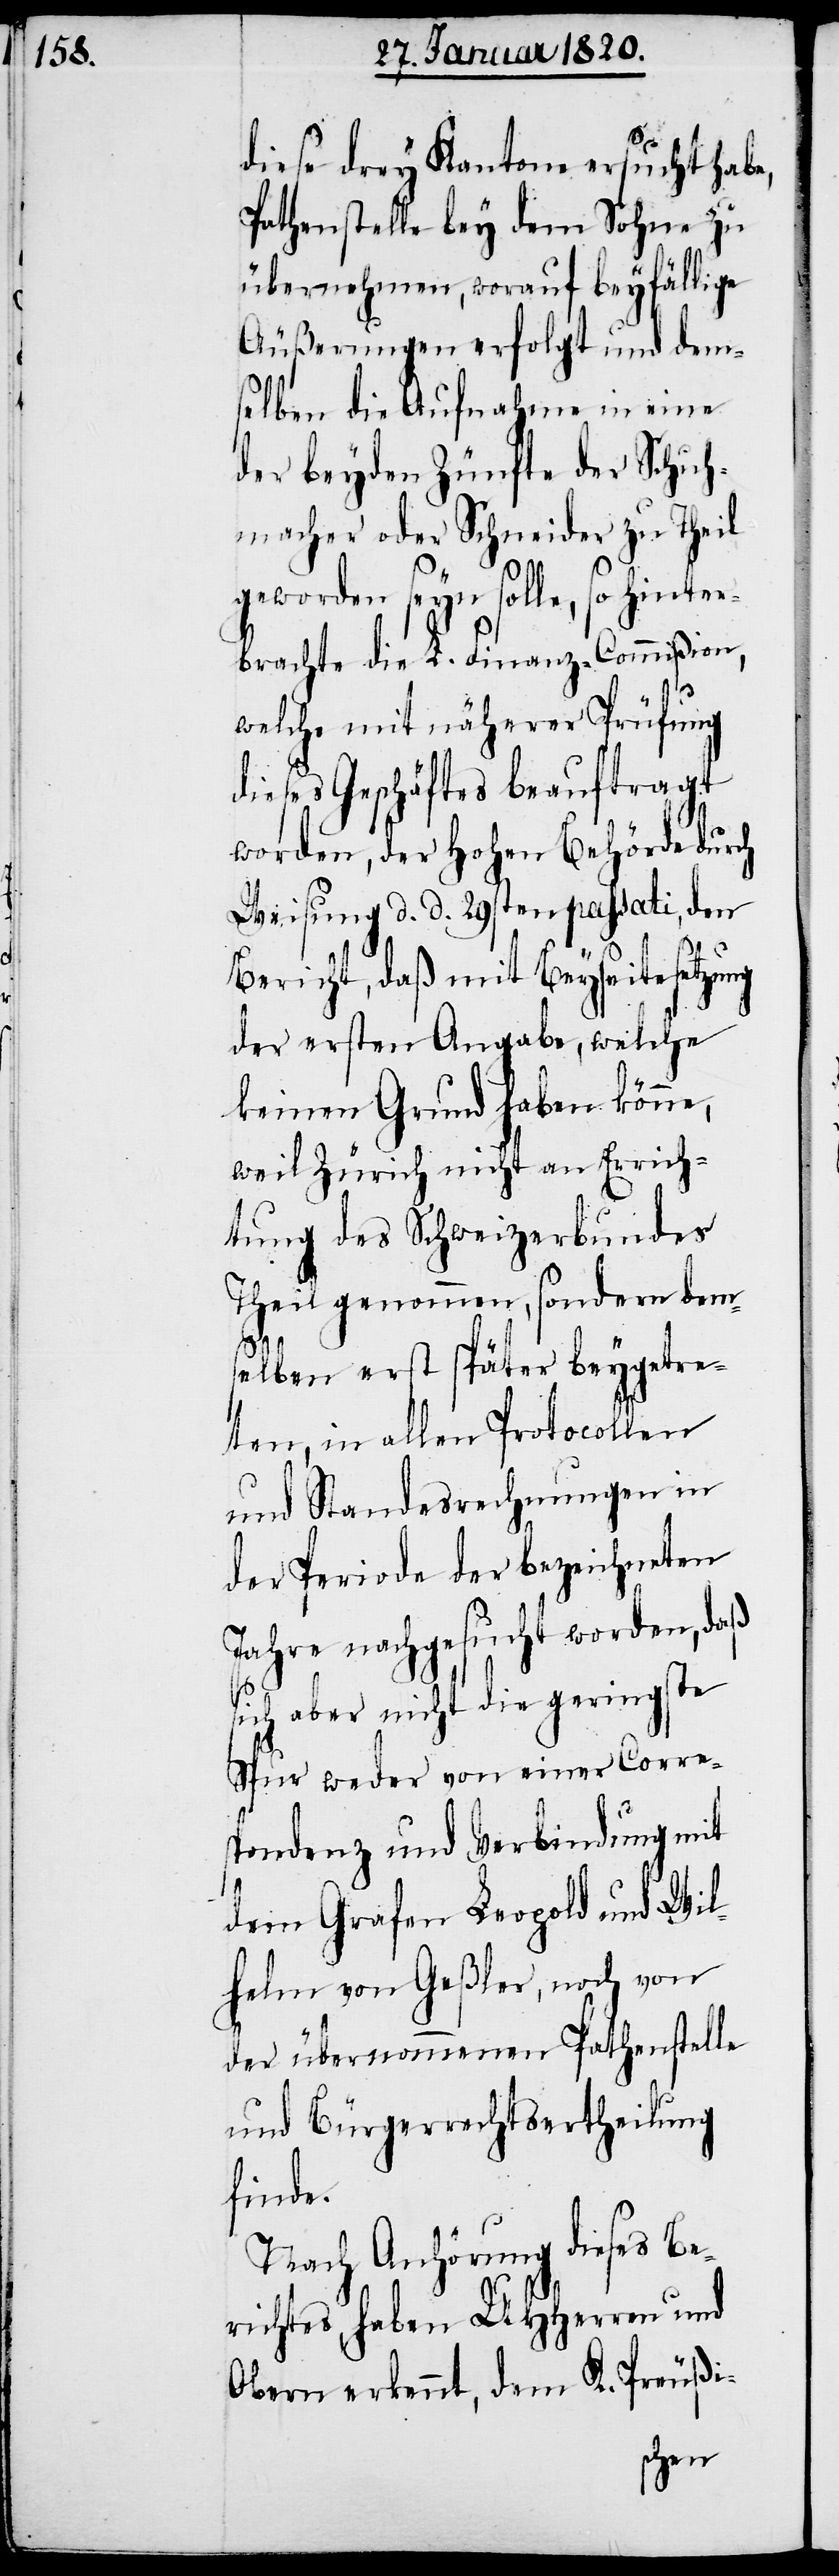
diese drey Kantone ersucht habe,
Pathenstelle bey dem Sohne zu
übernehmen, worauf beyfällige
Äußerungen erfolgt und dem¬
selben die Aufnahme in eine
der beyden Zünfte der Schuh¬
macher oder Schneider zu Theil
geworden seyn solle, so hinter¬
brachte die L. Finanz-Commißion,
welche mit näherer Prüfung
dieses Geschäftes beauftragt
worden, der Hohen Behörde durch
Weisung d. d. 29sten passati, den
Bericht, daß mit Beyseitesetzung
der ersten Angabe, welche
keinen Grund haben könne,
weil Zürich nicht an Errich¬
tung des Schweizerbundes
Theil genommen, sondern dem¬
selben erst später beygetre¬
ten, in allen Protocollen
und Standesrechnungen in
der Periode der bezeichneten
Jahre nachgesucht worden, daß
sich aber nicht die geringste
Spur weder von einer Corre¬
spondenz und Verbindung mit
dem Grafen Leopold und Wil¬
helm von Geßler, noch von
der übernommenen Pathenstelle
und Bürgerrechtsertheilung
finde.
Nach Anhörung dieses Be¬
richtes, haben UHHerren und
Obern erkennt, dem K. Preußi-